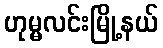
ဟုမ္မလင်းမြို့နယ်